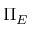
\Pi _ { E }